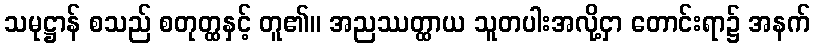
သမုဋ္ဌာန် စသည် စတုတ္ထနှင့် တူ၏။ အညဿတ္ထာယ သူတပါးအလို့ငှာ တောင်းရာ၌ အနက်